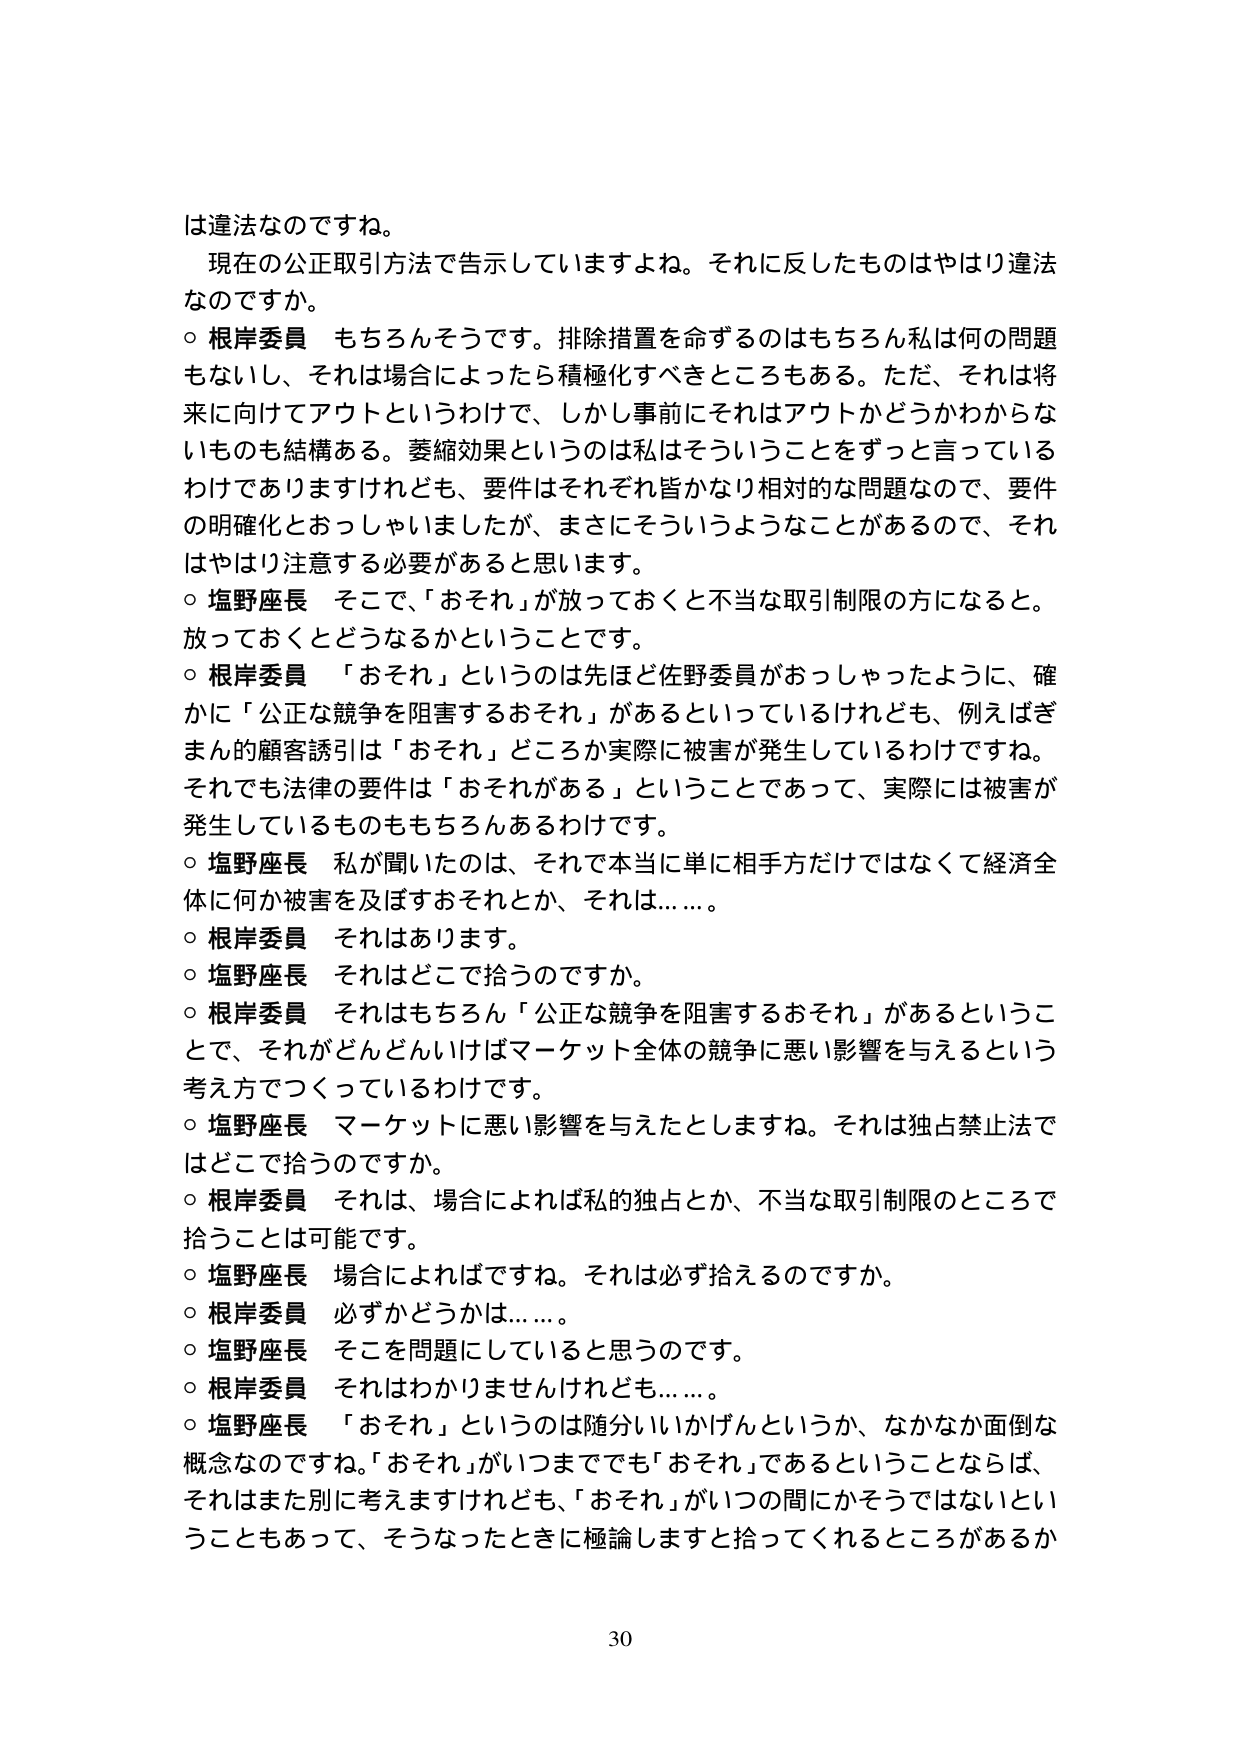
は違法なのですね。
現在の公正取引方法で告示していますよね。それに反したものはやはり違法なのですか。
○ 根岸委員 もちろんそうです。排除措置を命ずるのはもちろん私は何の問題もないし、それは場合によったら積極化すべきところもある。ただ、それは将来に向けてアウトというわけで、しかし事前にそれはアウトかどうかわからないものも結構ある。萎縮効果というのは私はそういうことをずっと言っているわけではありますけれども、要件はそれぞれ皆かなり相対的な問題なので、要件の明確化とおっしゃいましたが、まさにそういうようなことがあるので、それはやはり注意する必要があると思います。
○ 塩野座長 そこで、「おそれ」が放っておくと不当な取引制限の方になると。放っておくとどうなるかということです。
○ 根岸委員 「おそれ」というのは先ほど佐野委員がおっしゃったように、確かに「公正な競争を阻害するおそれ」があるといっているけれども、例えばぎまん的顧客誘引は「おそれ」どころか実際に被害が発生しているわけですね。それでも法律の要件は「おそれがある」ということであって、実際には被害が発生しているものももちろんあるわけです。
○ 塩野座長 私が聞いたのは、それで本当に単に相手方だけではなくて経済全体に何か被害を及ぼすおそれとか、それは……。
○ 根岸委員 それはあります。
○ 塩野座長 それはどこで拾うのですか。
○ 根岸委員 それはもちろん「公正な競争を阻害するおそれ」があるということで、それがどんどんいけばマーケット全体の競争に悪い影響を与えるという考え方でつくっているわけです。
○ 塩野座長 マーケットに悪い影響を与えたとしますね。それは独占禁止法ではどこで拾うのですか。
○ 根岸委員 それは、場合によれば私的独占とか、不当な取引制限のところで拾うことは可能です。
○ 塩野座長 場合によればですね。それは必ず拾えるのですか。
○ 根岸委員 必ずかどうかは……。
○ 塩野座長 そこを問題にしていると思うのです。
○ 根岸委員 それはわかりませんけれども……。
○ 塩野座長 「おそれ」というのは随分いいかげんというか、なかなか面倒な概念なのですね。「おそれ」がいつまででも「おそれ」であるということならば、それはまた別に考えますけれども、「おそれ」がいつの間にかそうではないということでもあって、そうなったときに極論しますと拾ってくれるところがあるか

30